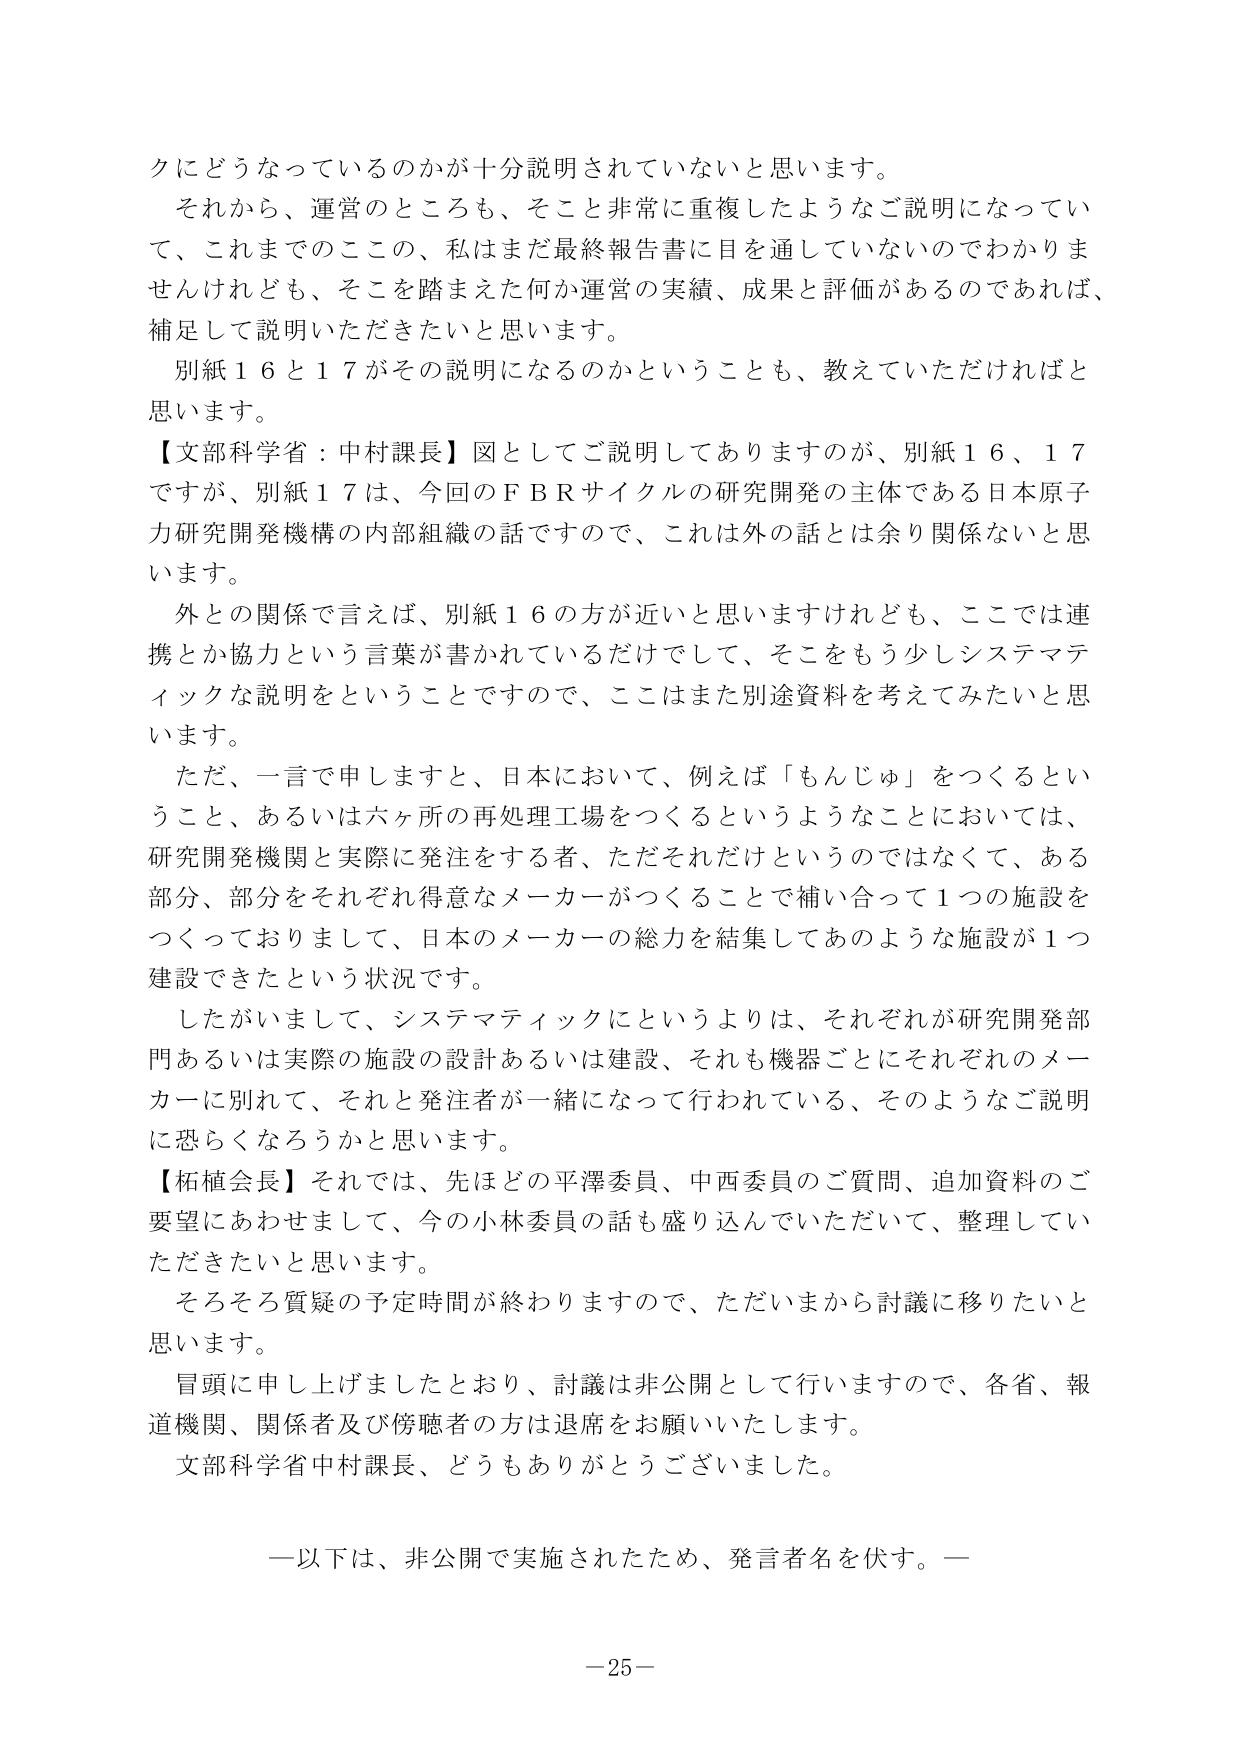
クにどうなっているのかが十分説明されていないと思います。
それから、運営のところも、そこと非常に重複したようなご説明になっていて、これまでのここの、私はまだ最終報告書に目を通していないのでわかりませんけれども、そこを踏まえた何か運営の実績、成果と評価があるのであれば、補足して説明いただきたいと思います。
別紙１６と１７がその説明になるのかということも、教えていただければと思います。
【文部科学省：中村課長】図としてご説明してありますのが、別紙１６、１７ですが、別紙１７は、今回のＦＢＲサイクルの研究開発の主体である日本原子力研究開発機構の内部組織の話ですので、これは外の話とは余り関係ないと思います。
外との関係で言えば、別紙１６の方が近いと思いますけれども、ここでは連携とか協力という言葉が書かれているだけでして、そこをもう少しシステマティックな説明をということですので、ここはまた別途資料を考えてみたいと思います。
ただ、一言で申しますと、日本において、例えば「もんじゅ」をつくるということ、あるいは六ヶ所の再処理工場をつくるというようなことにおいては、研究開発機関と実際に発注をする者、ただそれだけというのではなくて、ある部分、部分をそれぞれ得意なメーカーがつくることで補い合って１つの施設をつくっておりまして、日本のメーカーの総力を結集してあのような施設が１つ建設できたという状況です。
したがいまして、システマティックにというよりは、それぞれが研究開発部門あるいは実際の施設の設計あるいは建設、それも機器ごとにそれぞれのメーカーに別れて、それと発注者が一緒になって行われている、そのようなご説明に恐らくなろうかと思います。
【柘植会長】それでは、先ほどの平澤委員、中西委員のご質問、追加資料のご要望にあわせまして、今の小林委員の話も盛り込んでいただいて、整理していただきたいと思います。
そろそろ質疑の予定時間が終わりますので、ただいまから討議に移りたいと思います。
冒頭に申し上げましたとおり、討議は非公開として行いますので、各省、報道機関、関係者及び傍聴者の方は退席をお願いいたします。
文部科学省中村課長、どうもありがとうございました。

―以下は、非公開で実施されたため、発言者名を伏す。―

－25－